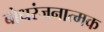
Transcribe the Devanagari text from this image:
बोधरंजनात्मक